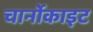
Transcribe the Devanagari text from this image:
चार्नोकाइट